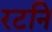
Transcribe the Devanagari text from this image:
रटनि